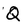
Character: Q